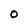
Character: O